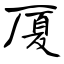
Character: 厦